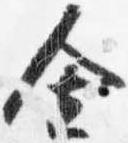
舎